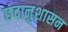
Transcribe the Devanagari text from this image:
छंदानुशासन